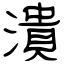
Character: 潰